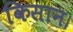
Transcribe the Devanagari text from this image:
किसान।